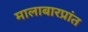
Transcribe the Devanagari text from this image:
मालाबारप्रांत